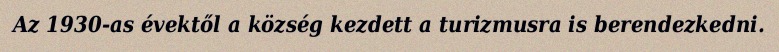
Az 1930-as évektől a község kezdett a turizmusra is berendezkedni.